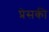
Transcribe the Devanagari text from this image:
प्रेसकी